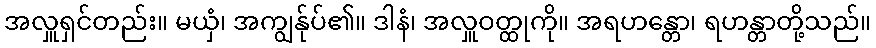
အလှူရှင်တည်း။ မယှံ၊ အကျွန်ုပ်၏။ ဒါနံ၊ အလှူဝတ္ထုကို။ အရဟန္တော၊ ရဟန္တာတို့သည်။